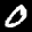
Label: 0